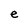
Character: e